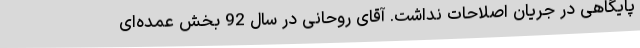
پایگاهی در جریان اصلاحات نداشت. آقای روحانی در سال 92 بخش عمده‌ای